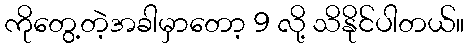
ကိုတွေ့တဲ့အခါမှာတော့ 9 လို့ သိနိုင်ပါတယ်။